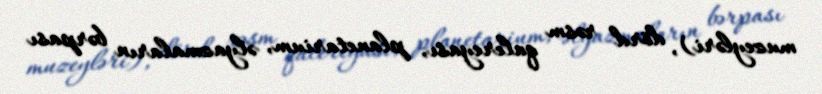
muzeyləri), dörd rəsm qalereyası, planetarium, əlyazmaların bərpası